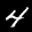
Label: 4